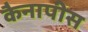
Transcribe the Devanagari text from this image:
कैनापीस